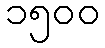
၁၅၀၀